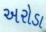
અરોડા